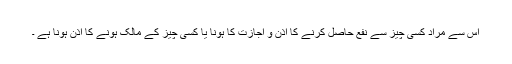
اس سے مراد کسی چیز سے نفع حاصل کرنے کا اذن و اجازت کا ہونا یا کسی چیز کے مالک ہونے کا اذن ہونا ہے ۔